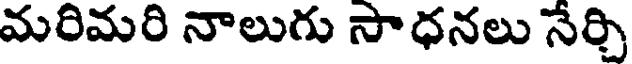
మరిమరి నాలుగు సాధనలు నేర్చి